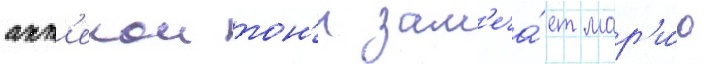
апт'екои тон'и зам'еча́ет мар'и́ю